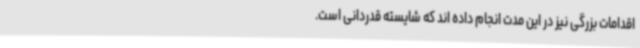
اقدامات بزرگی نیز در این مدت انجام داده اند که شایسته قدردانی است.